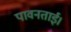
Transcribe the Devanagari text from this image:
पावनताई।